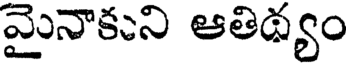
మైనాకుని ఆతిథ్యం